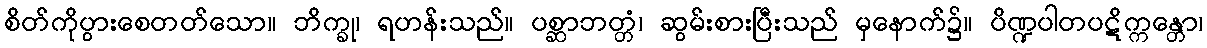
စိတ်ကိုပွားစေတတ်သော။ ဘိက္ခု၊ ရဟန်းသည်။ ပစ္ဆာဘတ္တံ၊ ဆွမ်းစားပြီးသည် မှနောက်၌။ ပိဏ္ဍပါတပဋိက္ကန္တော၊